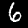
Label: 6